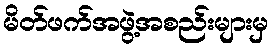
မိတ်ဖက်အဖွဲ့အစည်းများမှ